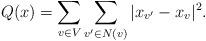
LaTeX: \begin{align*} Q(x) = \sum_{v \in V} \sum_{v' \in N(v)} |x_{v'} - x_v|^2.\end{align*}